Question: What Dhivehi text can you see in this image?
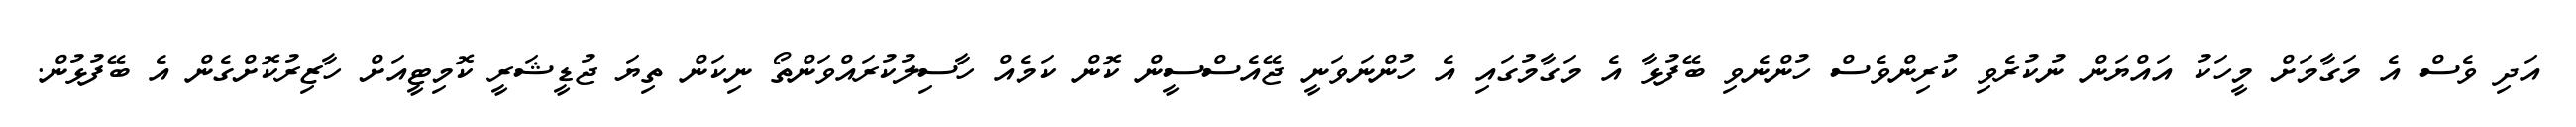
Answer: އަދި ވެސް އެ މަގާމަށް މީހަކު އައްޔަން ނުކުރެވި ކުރިންވެސް ހުންނެވި ބޭފުޅާ އެ މަގާމުގައި އެ ހުންނަވަނީ ޖޭއެސްސީން ކޮން ކަމެއް ހާސިލުކުރައްވަންތޯ ނިކަން ތިޔަ ޖުޑީޝަރީ ކޮމިޓީއަށް ހާޒިރުކޮށްގެން އެ ބޭފުޅުން.